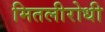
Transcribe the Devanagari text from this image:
मितलीरोधी